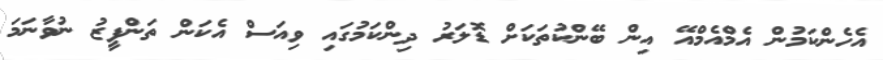
އެހެންކަމުން އެމްއެމްއޭ އިން ބޭންކުތަކަށް ޑޮލަރު ދިންކަމުގައި ވިއަސް އެކަން ތަންފީޒު ނުވާނަމަ